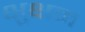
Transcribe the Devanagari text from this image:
क्षुक्षम